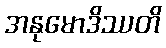
အနုမောဒိဿတိ